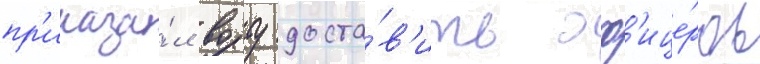
пр'иказа́л ворту доста́в'ить оф'ице́ров